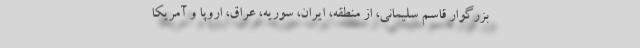
بزرگوار قاسم سلیمانی، از منطقه، ایران، ‌سوریه، عراق، اروپا و آمریکا